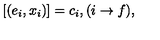
[ ( e _ { i } , x _ { i } ) ] = c _ { i } , ( i \rightarrow f ) ,